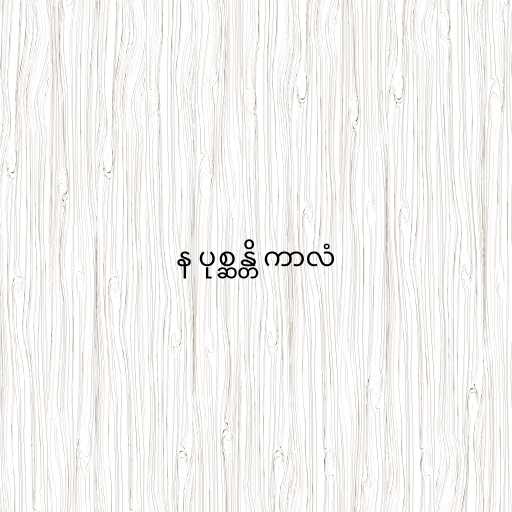
န ပုစ္ဆန္တိ ကာလံ